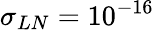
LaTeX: \sigma_{LN}=10^{-16}